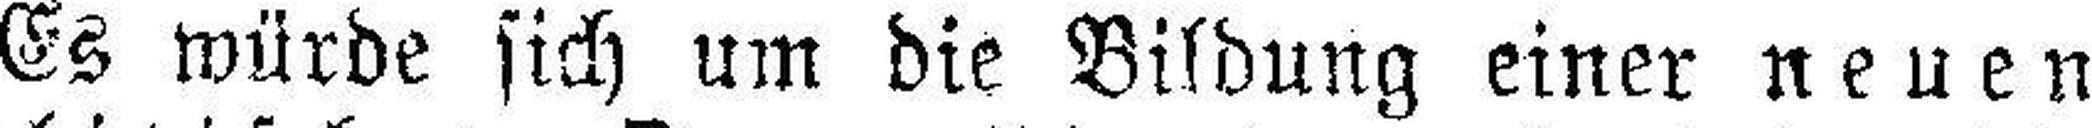
Es würde sich um die Bildung einer neuen